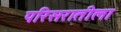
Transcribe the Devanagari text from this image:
परिसरातीला